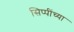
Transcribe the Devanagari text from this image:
सिप्पींच्या